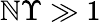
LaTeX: \mathbb{N}\Upsilon\gg1